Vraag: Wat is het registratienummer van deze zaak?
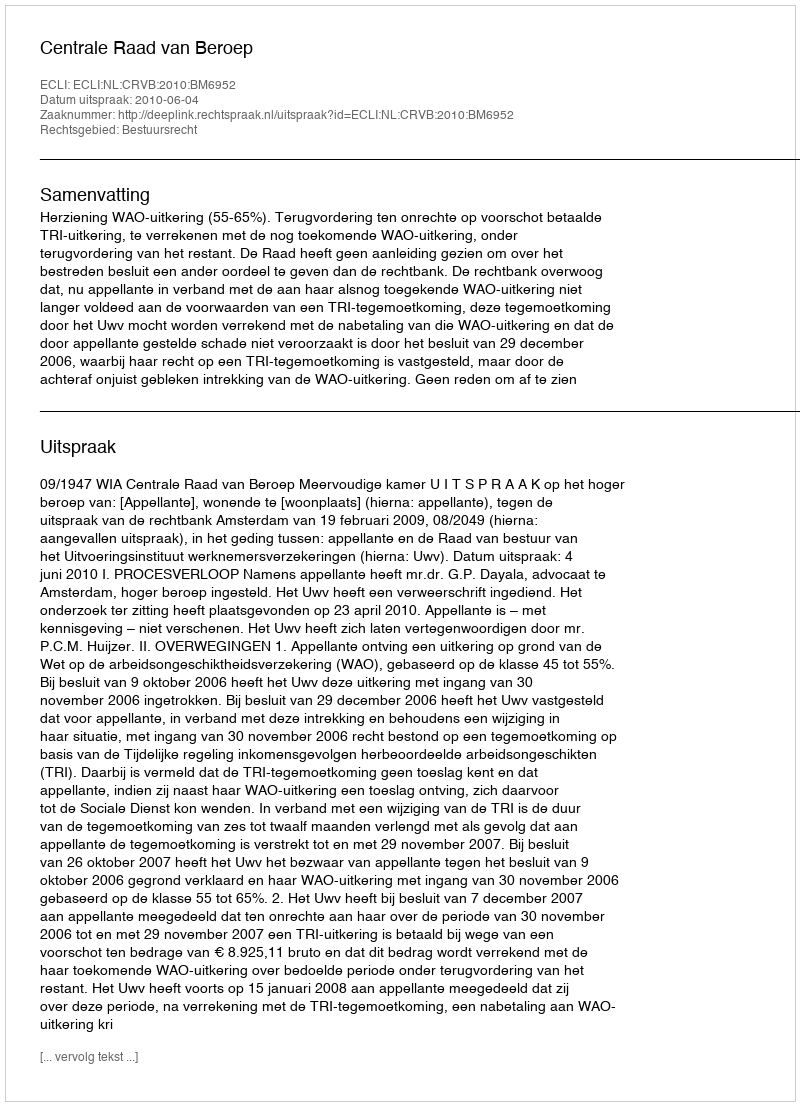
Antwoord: http://deeplink.rechtspraak.nl/uitspraak?id=ECLI:NL:CRVB:2010:BM6952